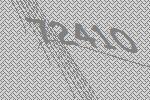
72410